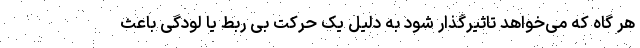
هر گاه که می‌خواهد تاثیرگذار شود به دلیل یک حرکت بی ربط یا لودگی باعث